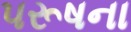
પરૂષના